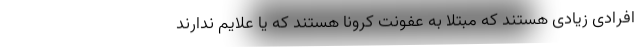
افرادی زیادی هستند که مبتلا به عفونت کرونا هستند که یا علایم ندارند